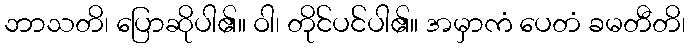
ဘာသတိ၊ ပြောဆိုပါ၏။ ဝါ၊ တိုင်ပင်ပါ၏။ အမှာကံ ပေတံ ခမတီတိ၊